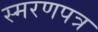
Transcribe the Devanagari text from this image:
स्मरणपत्र